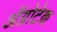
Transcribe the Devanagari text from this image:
अॅग्रोटेक